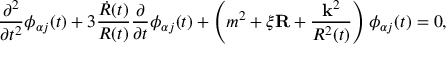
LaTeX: \frac { \partial ^ { 2 } } { \partial t ^ { 2 } } \phi _ { \alpha j } ( t ) + 3 \frac { \dot { R } ( t ) } { R ( t ) } \frac { \partial } { \partial t } \phi _ { \alpha j } ( t ) + \left( m ^ { 2 } + \xi { \bf R } + \frac { { \bf k } ^ { 2 } } { R ^ { 2 } ( t ) } \right) \phi _ { \alpha j } ( t ) = 0 ,